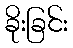
ခိုးခြင်း